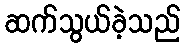
ဆက်သွယ်ခဲ့သည်